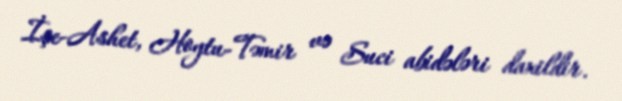
İşe-Ashet, Hoytu-Təmir və Suci abidələri daxildir.